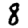
Digit: 8